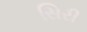
સિરી